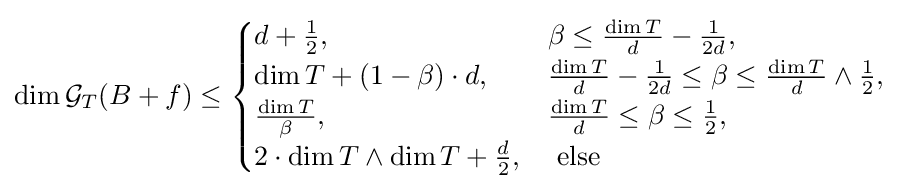
\dim {\mathcal {G}}_{T}(B+f)\leq {\begin{cases}d+{\frac {1}{2}},&\beta \leq {\frac {\dim T}{d}}-{\frac {1}{2d}},\\\dim T+(1-\beta )\cdot d,&{\frac {\dim T}{d}}-{\frac {1}{2d}}\leq \beta \leq {\frac {\dim T}{d}}\wedge {\frac {1}{2}},\\{\frac {\dim T}{\beta }},&{\frac {\dim T}{d}}\leq \beta \leq {\frac {1}{2}},\\2\cdot \dim T\wedge \dim T+{\frac {d}{2}},&{\text{ else}}\end{cases}}